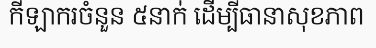
កីឡាករចំនួន ៥នាក់ ដើម្បីធានាសុខភាព